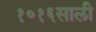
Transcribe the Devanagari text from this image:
१०१६साली